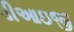
ડીઆઇજી